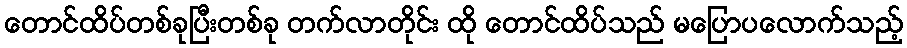
တောင်ထိပ်တစ်ခုပြီးတစ်ခု တက်လာတိုင်း ထို တောင်ထိပ်သည် မပြောပလောက်သည့်